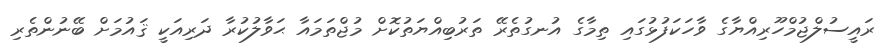
ރައީސުލްޖުމްހޫރިއްޔާގެ ވާހަކަފުޅުގައި ތިމާގެ އުނގުތެރޭ ތަރުބިއްޔަތުކޮށް މުޖްތަމައާ ޙަވާލުކުރާ ދަރިއަކީ ޤައުމަށް ބޭނުންތެރި